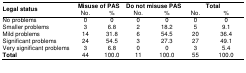
| <ROWSPAN=2> Legal status | <COLSPAN=2> Misuse of PAS | <COLSPAN=2> Do not misuse PAS | <COLSPAN=2> Total |
 | No. | % | No. | % | No. | % |
 | --- | --- | --- | --- | --- | --- | --- |
 | No problems | 0 | 0 | 0 | 0 | 0 | 0 |
 | Smaller problems | 3 | 6.8 | 2 | 18.2 | 5 | 9.1 |
 | Mild problems | 14 | 31.8 | 6 | 54.5 | 20 | 36.4 |
 | Significant problems | 24 | 54.5 | 3 | 27.3 | 27 | 49.1 |
 | Very significant problems | 3 | 6.8 | 0 | 0 | 3 | 5.4 |
 | Total | 44 | 100.0 | 11 | 100.0 | 55 | 100.0 |